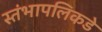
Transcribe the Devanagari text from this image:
स्तंभापलिकडे